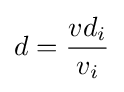
d={\frac {vd_{i}}{v_{i}}}